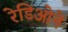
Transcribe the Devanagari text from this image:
रेडिओने